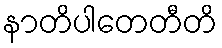
နာတိပါတေတီတိ